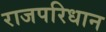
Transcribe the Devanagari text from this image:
राजपरिधान